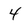
Character: 4